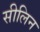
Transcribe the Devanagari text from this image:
सीलिन